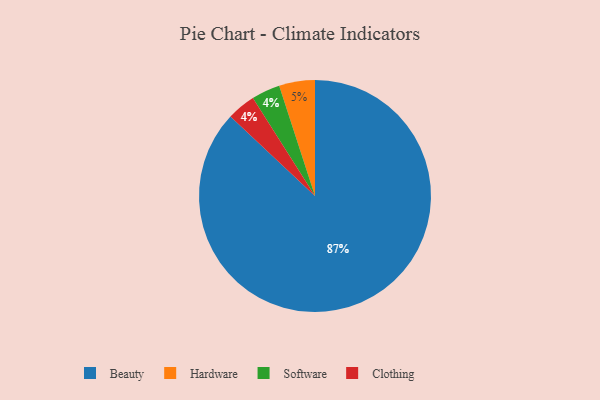
{"axis": {"x": "Category", "y": "Percentage"}, "legend": ["Beauty", "Clothing", "Hardware", "Software"], "data": [{"x": "Software", "y": 4, "type": "Software"}, {"x": "Beauty", "y": 87, "type": "Beauty"}, {"x": "Hardware", "y": 5, "type": "Hardware"}, {"x": "Clothing", "y": 4, "type": "Clothing"}]}